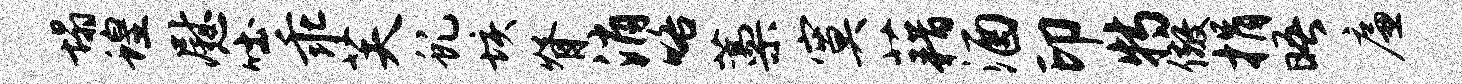
塌蝗慰吐乖芙虬垓脊消咯藁寞藉酒印特儆捐晤廉